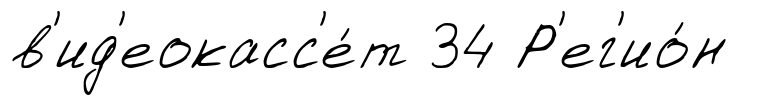
в'ид'еокасс'е́т 34 Р'ег'ио́н